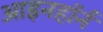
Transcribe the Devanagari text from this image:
आइनहॉर्न